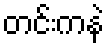
တင်းကနဲ